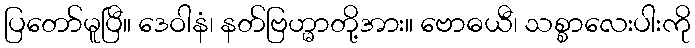
ပြတော်မူပြီ။ ဒေဝါနံ၊ နတ်ဗြဟ္မာတို့အား။ ဗောဓယီ၊ သစ္စာလေးပါးကို